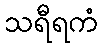
သရီရကံ